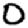
Digit: 0